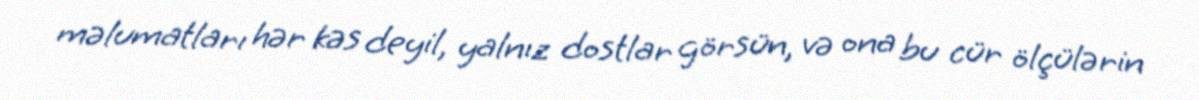
məlumatları hər kəs deyil, yalnız dostlar görsün, və ona bu cür ölçülərin